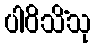
ပါဝိသိံသု